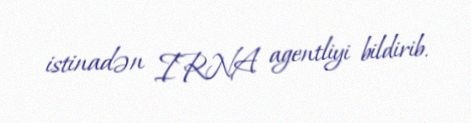
istinadən IRNA agentliyi bildirib.